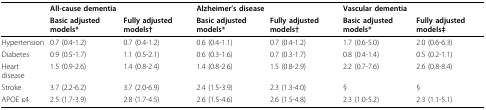
<table><thead><tr><td></td><td colspan="2"><b>All-cause dementia</b></td><td colspan="2"><b>Alzheimer&#x27;s disease</b></td><td colspan="2"><b>Vascular dementia</b></td></tr><tr><td></td><td><b>Basic adjusted models*</b></td><td><b>Fully adjusted models†</b></td><td><b>Basic adjusted models*</b></td><td><b>Fully adjusted models†</b></td><td><b>Basic adjusted models*</b></td><td><b>Fully adjusted models‡</b></td></tr></thead><tbody><tr><td>Hypertension</td><td>0.7 (0.4-1.2)</td><td>0.7 (0.4-1.2)</td><td>0.6 (0.4-1.1)</td><td>0.7 (0.4-1.2)</td><td>1.7 (0.6-5.0)</td><td>2.0 (0.6-6.3)</td></tr><tr><td>Diabetes</td><td>0.9 (0.5-1.7)</td><td>1.1 (0.5-2.1)</td><td>0.6 (0.3-1.6)</td><td>0.7 (0.3-1.7)</td><td>0.8 (0.4-1.4)</td><td>0.5 (0.2-1.1)</td></tr><tr><td>Heart disease</td><td>1.5 (0.9-2.6)</td><td>1.4 (0.8-2.4)</td><td>1.4 (0.8-2.6)</td><td>1.5 (0.8-2.9)</td><td>2.2 (0.7-7.6)</td><td>2.6 (0.8-8.4)</td></tr><tr><td>Stroke</td><td>3.7 (2.2-6.2)</td><td>3.7 (2.0-6.9)</td><td>2.4 (1.5-3.9)</td><td>2.3 (1.3-4.0)</td><td>§</td><td>§</td></tr><tr><td>APOE ε4</td><td>2.5 (1.7-3.9)</td><td>2.8 (1.7-4.5)</td><td>2.6 (1.5-4.6)</td><td>2.6 (1.5-4.8)</td><td>2.3 (1.0-5.2)</td><td>2.3 (1.1-5.1)</td></tr></tbody></table>